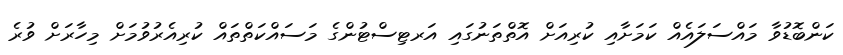
ކަންބޮޑުވާ މައްސަލައެއް ކަމަށާއި ކުރިއަށް އޮތްތަނުގައި އަރޓިސްޓުންގެ މަސައްކަތްތައް ކުރިއެރުވުމަށް މިހާރަށް ވުރެ